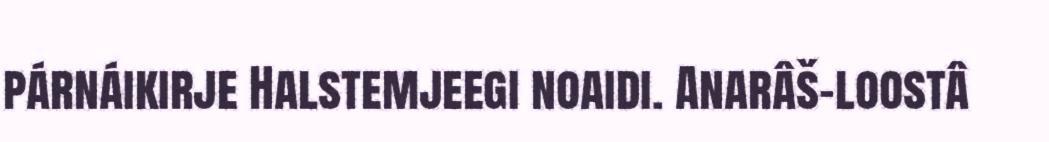
párnáikirje Halstemjeegi noaidi. Anarâš-loostâ